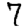
Digit: 7